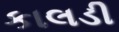
કાલડી